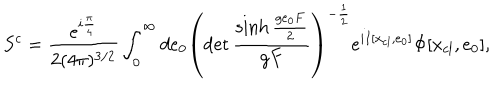
S ^ { c } = \frac { e ^ { i \frac { \pi } { 4 } } } { 2 ( 4 \pi ) ^ { 3 / 2 } } \int _ { 0 } ^ { \infty } d e _ { 0 } \left( \det \frac { \sinh \frac { g e _ { 0 } F } { 2 } } { g F } \right) ^ { - \frac { 1 } { 2 } } e ^ { i I [ x _ { c l } , e _ { 0 } ] } \Phi [ x _ { c l } , e _ { 0 } ] ,